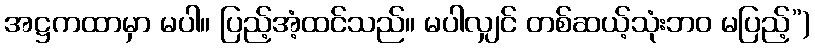
အဋ္ဌကထာမှာ မပါ။ ပြည့်အံ့ထင်သည်။ မပါလျှင် တစ်ဆယ့်သုံးဘဝ မပြည့်”)